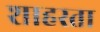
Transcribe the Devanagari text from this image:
शाहस्ता